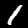
Digit: 1